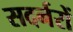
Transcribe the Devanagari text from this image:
सदर्नरों